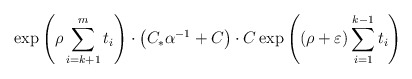
\begin{align*}\exp\left({\rho} \sum_{i=k+1}^m t_i\right)\cdot \left(C_* \alpha^{-1}+C\right)\cdot C\exp\left(({\rho}+\varepsilon) \sum_{i=1}^{k-1} t_i\right) \end{align*}